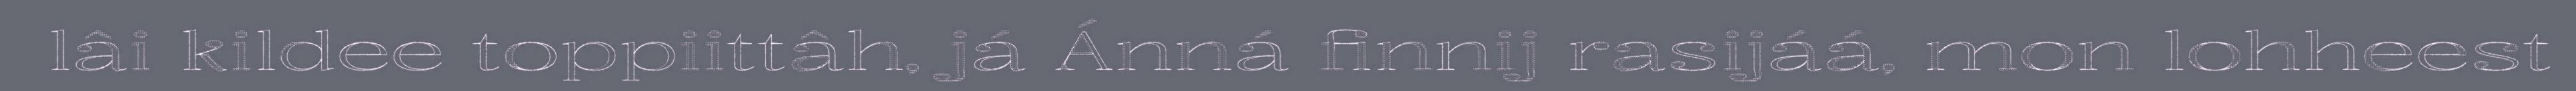
lâi kildee toppiittâh, já Ánná finnij rasijáá, mon lohheest